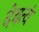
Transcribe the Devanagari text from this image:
देवत्वं